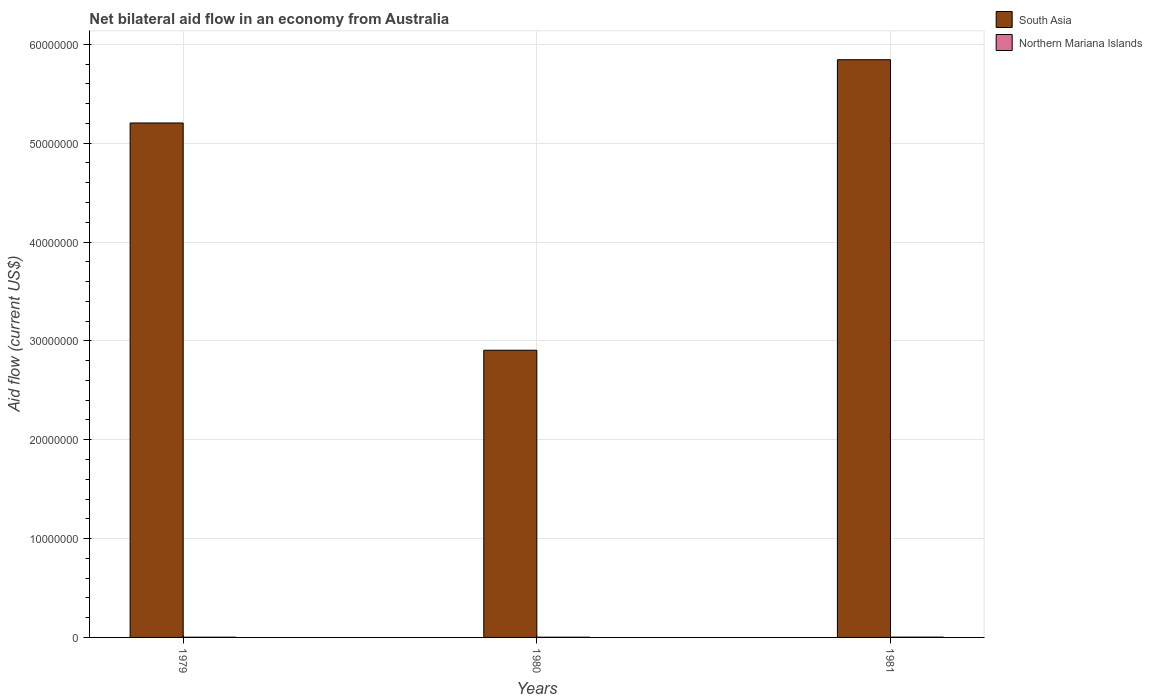
| Years | South Asia | Northern Mariana Islands |
 | --- | --- | --- |
 | 1979 | 5.2e+07 | 2e+04 |
 | 1980 | 2.90e+07 | 2e+04 |
 | 1981 | 5.84e+07 | 3e+04 |